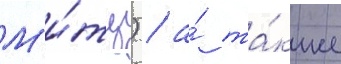
М'и́тц) / а́ та́кже